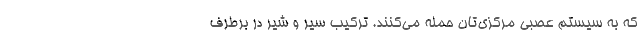
که به سیستم عصبی مرکزی‌تان حمله می‌کنند. ترکیب سیر و شیر در برطرف